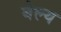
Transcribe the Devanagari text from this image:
बेल्य